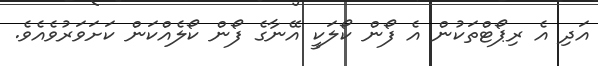
އަދި އެ ރިޕޯޓްތަކުން އެ ފޯން ކޯލަކީ އޭނާގެ ފޯން ކޯލެއްކަން ކަށަވަރުވެއެވެ.